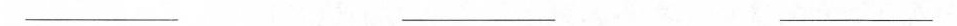
___ ___ ___